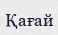
Қағай